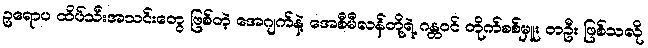
ဥရောပ ထိပ်သီးအသင်းတွေ ဖြစ်တဲ့ အေဂျက်နဲ့ အေစီမီလန်တို့ရဲ့ ဂန္တဝင် တိုက်စစ်မှူး တဦး ဖြစ်သလို